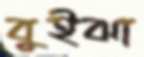
বুইঝা